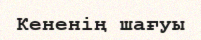
Кененің шағуы